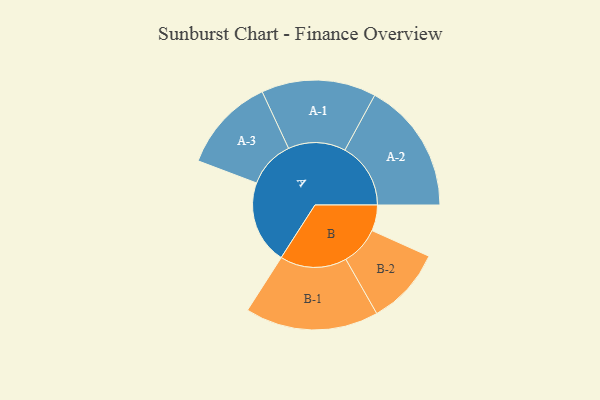
{"axis": {"x": "Segment", "y": "Value"}, "legend": ["", "A", "B"], "data": [{"x": "A", "y": 345, "type": ""}, {"x": "B", "y": 107, "type": ""}, {"x": "A-1", "y": 237, "type": "A"}, {"x": "A-2", "y": 272, "type": "A"}, {"x": "A-3", "y": 196, "type": "A"}, {"x": "B-1", "y": 276, "type": "B"}, {"x": "B-2", "y": 160, "type": "B"}]}